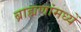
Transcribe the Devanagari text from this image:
ब्राह्मणांमध्यें